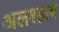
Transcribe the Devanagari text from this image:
अलश्हाब